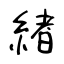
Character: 緖